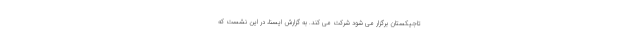
تاجیکستان برگزار می شود شرکت می کند. به گزارش ایسنا، در این نشست که